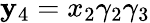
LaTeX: \mathbf{y}_{4}=x_{2}\gamma_{2}\gamma_{3}